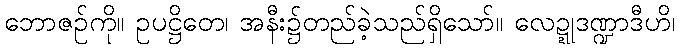
ဘောဇဉ်ကို။ ဥပဋ္ဌိတေ၊ အနီး၌တည်ခဲ့သည်ရှိသော်။ လေဍ္ဍုဒဏ္ဍာဒီဟိ၊